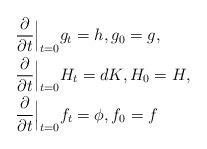
LaTeX: \begin{align*} &\frac{\partial}{\partial t}\Big|_{t=0}g_t =h, g_0=g, \\& \frac{\partial}{\partial t}\Big|_{t=0}H_t =dK, H_0=H, \\& \frac{\partial}{\partial t}\Big|_{t=0}f_t =\phi, f_0=f\end{align*}